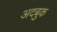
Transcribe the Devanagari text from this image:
अदबुक